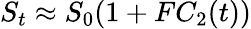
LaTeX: S_{t}\approx S_{0}(1+FC_{2}(t))